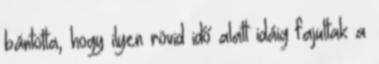
bántotta, hogy ilyen rövid idő alatt idáig fajultak a